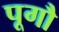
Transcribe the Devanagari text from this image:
पूगौ